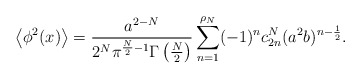
\begin{align*}\left<\phi^2(x)\right> = {a^{2-N}\over{2^N\pi^{\frac N2-1}\Gamma\left(\frac N2\right)}}\sum_{n=1}^{\rho_N}(-1)^nc^N_{2n}(a^2b)^{n-\frac12}.\end{align*}